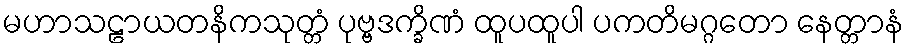
မဟာသဠာယတနိကသုတ္တံ ပုဗ္ဗဒက္ခိဏံ ထူပထူပါ ပကတိမဂ္ဂတော နေတ္တာနံ